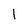
Character: 1